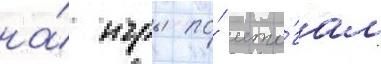
на́ игры по́ ито́гам